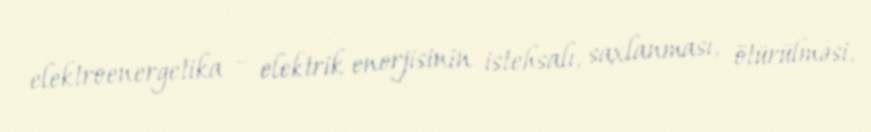
elektroenergetika – elektrik enerjisinin istehsalı, saxlanması, ötürülməsi,